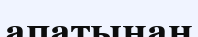
апатынан